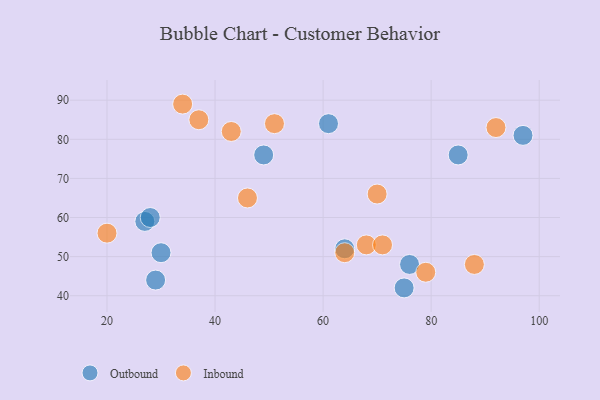
{"axis": {"x": "GDP", "y": "Life Expectancy"}, "legend": ["Inbound", "Outbound"], "data": [{"x": "85", "y": 76, "type": "Outbound"}, {"x": "75", "y": 42, "type": "Outbound"}, {"x": "97", "y": 81, "type": "Outbound"}, {"x": "76", "y": 48, "type": "Outbound"}, {"x": "49", "y": 76, "type": "Outbound"}, {"x": "29", "y": 44, "type": "Outbound"}, {"x": "27", "y": 59, "type": "Outbound"}, {"x": "30", "y": 51, "type": "Outbound"}, {"x": "64", "y": 52, "type": "Outbound"}, {"x": "61", "y": 84, "type": "Outbound"}, {"x": "28", "y": 60, "type": "Outbound"}, {"x": "68", "y": 53, "type": "Inbound"}, {"x": "70", "y": 66, "type": "Inbound"}, {"x": "34", "y": 89, "type": "Inbound"}, {"x": "79", "y": 46, "type": "Inbound"}, {"x": "43", "y": 82, "type": "Inbound"}, {"x": "88", "y": 48, "type": "Inbound"}, {"x": "46", "y": 65, "type": "Inbound"}, {"x": "64", "y": 51, "type": "Inbound"}, {"x": "37", "y": 85, "type": "Inbound"}, {"x": "71", "y": 53, "type": "Inbound"}, {"x": "20", "y": 56, "type": "Inbound"}, {"x": "92", "y": 83, "type": "Inbound"}, {"x": "51", "y": 84, "type": "Inbound"}]}